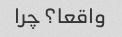
واقعا؟ چرا